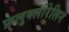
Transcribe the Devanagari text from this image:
फ्रलुक्लोरेलिन